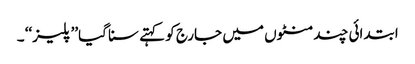
ابتدائی چند منٹوں میں جارج کو کہتے سنا گیا’’ پلیز‘‘ ۔